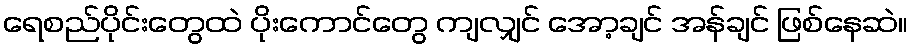
ရေစည်ပိုင်းတွေထဲ ပိုးကောင်တွေ ကျလျှင် အော့ချင် အန်ချင် ဖြစ်နေဆဲ။